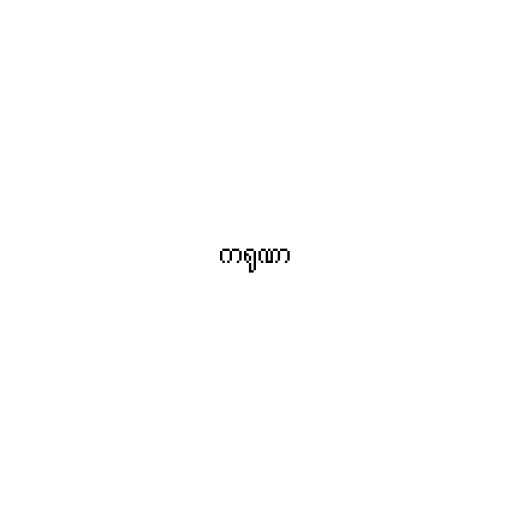
ကရုဏာ